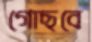
গোছবে